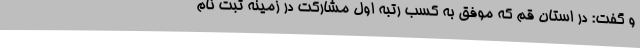
و گفت: در استان قم که موفق به کسب رتبه اول مشارکت در زمینه ثبت نام